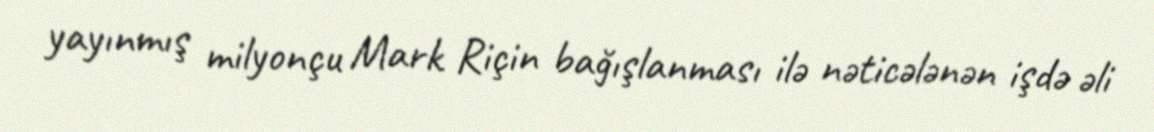
yayınmış milyonçu Mark Riçin bağışlanması ilə nəticələnən işdə əli